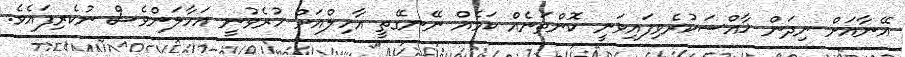
އޭނާއަށް ނިދަން ޚާއްސަކުރެވިފައިވަނީ ކޮންތަނެއް ކަމެއް ނޭނގޭތީ އާހިލްއަށް ހުރެވުނީ އަހާލަންވެސް ނުކެރިފައެވެ.